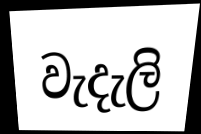
වැදැලි